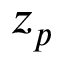
z _ { p }